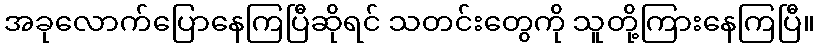
အခုလောက်ပြောနေကြပြီဆိုရင် သတင်းတွေကို သူတို့ကြားနေကြပြီ။